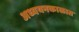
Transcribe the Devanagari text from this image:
अध्ययनकाळात